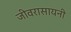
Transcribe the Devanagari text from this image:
जीवरासायनी